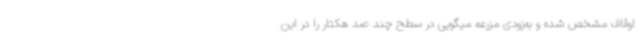
اوقاف مشخص‌ شده و به‌زودی مزرعه میگویی در سطح چند صد هکتار را در این